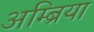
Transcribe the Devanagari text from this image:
अम्ब्रिया